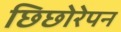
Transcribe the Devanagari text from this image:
छिछोरेपन